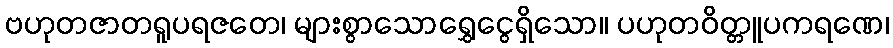
ဗဟုတဇာတရူပရဇတေ၊ များစွာသောရွှေငွေရှိသော။ ပဟုတဝိတ္တူပကရဏေ၊